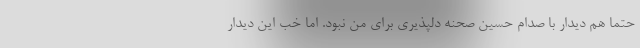
حتما هم دیدار با صدام حسین صحنه دلپذیری برای من نبود. اما خب این دیدار